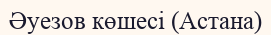
Әуезов көшесі (Астана)